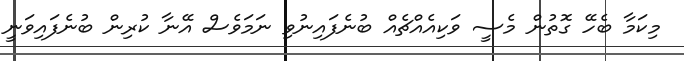
މިކަމާ ބެހޭ ގޮތުން މެސީ ވަކިއެއްޗެއް ބުނެފައިނުވި ނަމަވެސް އޭނާ ކުރިން ބުނެފައިވަނީ